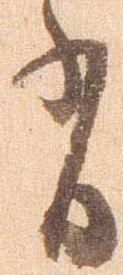
有